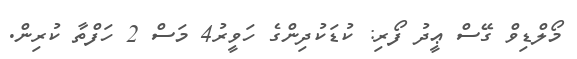
މޯލްޑިވް ގޭސް ޢީދު ފޯރި: ކުޑަކުދިންގެ ހަވީރު4 މަސް 2 ހަފްތާ ކުރިން.